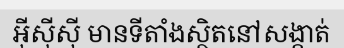
អ៊ីស៊ីស៊ី មានទីតាំងស្ថិតនៅសង្កាត់